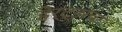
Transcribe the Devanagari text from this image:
हेर्ट्झचा